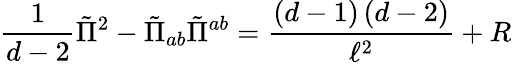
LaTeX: \frac{1}{d-2}\tilde{\Pi}^{2}-\tilde{\Pi}_{ab}\tilde{\Pi}^{ab}=\frac{\left(d-1\right)\left(d-2\right)}{\ell^{2}}+R